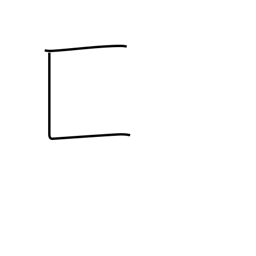
Meaning: box-on-side enclosure radical (no. 22)